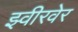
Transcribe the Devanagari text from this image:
झ्वीरवेर